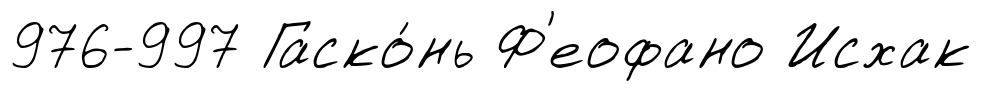
976-997 Гаско́нь Ф'еофано Исхак